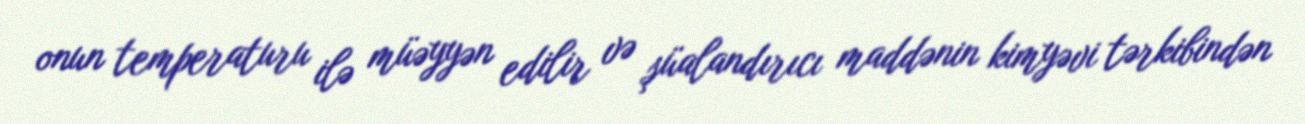
onun temperaturu ilə müəyyən edilir və şüalandırıcı maddənin kimyəvi tərkibindən